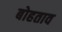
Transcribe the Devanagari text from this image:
बोहताव